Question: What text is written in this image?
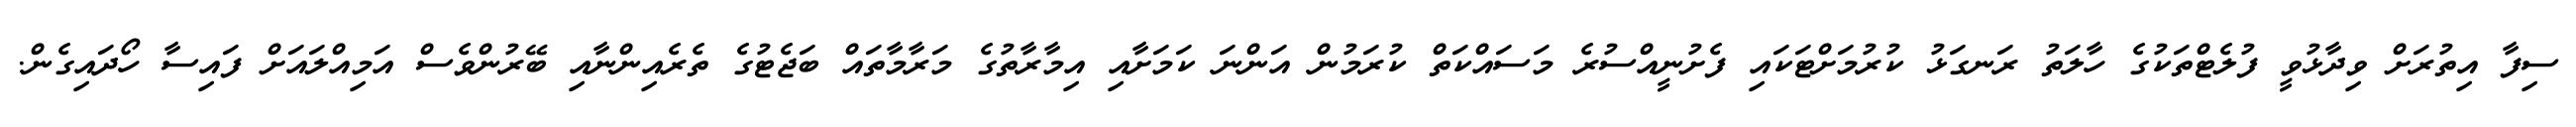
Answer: ސިފާ އިތުރަށް ވިދާޅުވީ ފުލެޓްތަކުގެ ހާލަތު ރަނގަޅު ކުރުމަށްޓަކައި ފެށުނީއްސުރެ މަސައްކަތް ކުރަމުން އަންނަ ކަމަށާއި އިމާރާތުގެ މަރާމާތައް ބަޖެޓުގެ ތެރެއިންނާއި ބޭރުންވެސް އަމިއްލައަށް ފައިސާ ހޯދައިގެން.